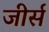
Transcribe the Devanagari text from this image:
जीर्स